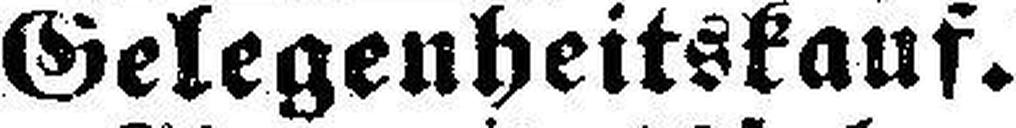
Gelegenheitskauf.